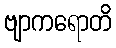
ဗျာကရောတိ